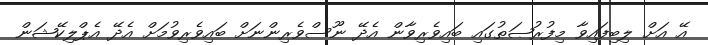
އޭ އަށް ލިބިފައިވާ މިފުރުޞަޠުގައި ބައިވެރިވާން އެދޭ ނޫސްވެރިންނަށް ބައިވެރިވުމަށް އެދޭ އެޕްލިކޭޝަން